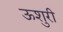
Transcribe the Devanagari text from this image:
ऊशुरी